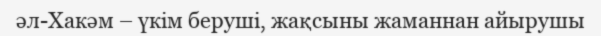
әл-Хакәм – үкім беруші, жақсыны жаманнан айырушы